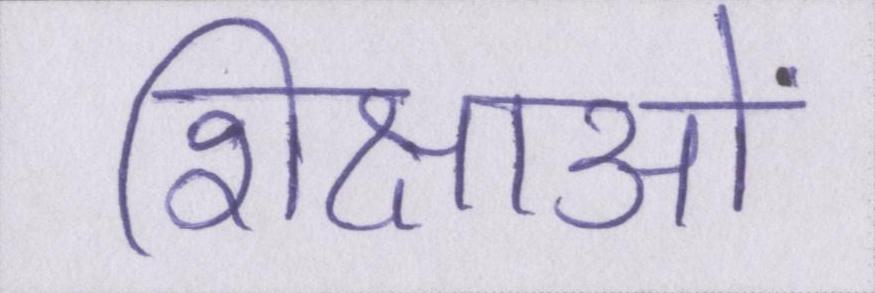
शिक्षाओं